Senior Leaving Certificate Examination (including Day School Certificate (Higher) General paper), 1950
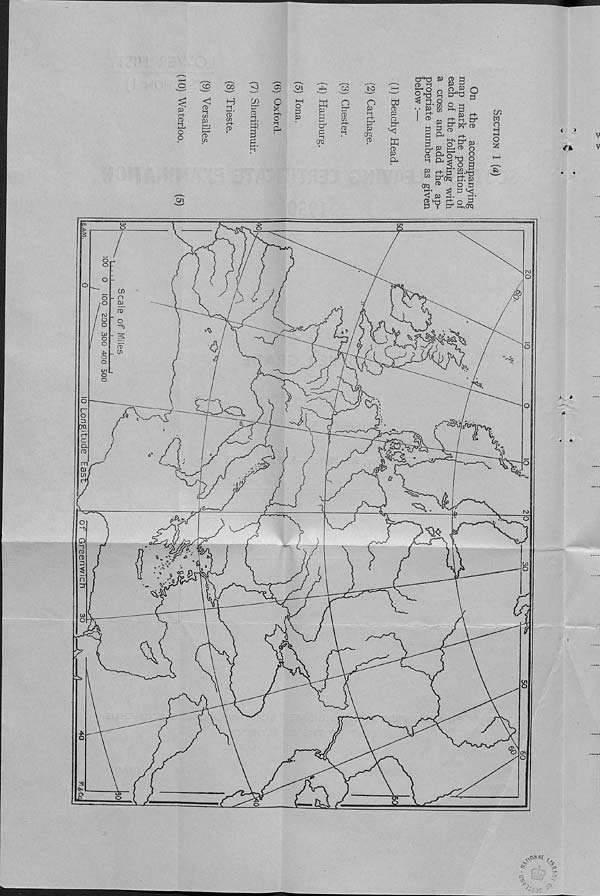
o
<£>
00
(T> Oi
CO
to
Cj'hd P
od m
I
fD
►-<
c ft) l-i
c«
p
H
i-t
n>
c«
CO
fD >-1
o
x
o
o
fD
C/)
a;
3
£
o 1-1
a
o
£
P
w
p
3
a 4
£
OQ
O
a fD
W
o
p 1-1
fD
a
p
crq
fD
W
fD
P
O
a
ffi
fD
P
a
Cn
5-1 £? II ?
v p I ^3
a
p n-
1
p a&S -
£ a ^
i-S,s r 8
fD a o
s
hi cl- y ^ 2
P r-H p
M aa5
oq/d
< p
= .
2 a a o P
£ i a M-»orq
CO
w
o
H
O
fe!
i J
P
O £
O^- o
- o
“b
J><CX
7Q.
□
• Q
■b
Q
o-
CJ3
(g
7
b'
* »
4~
•
,, -
e i
f?
%
r o /
‘03? J